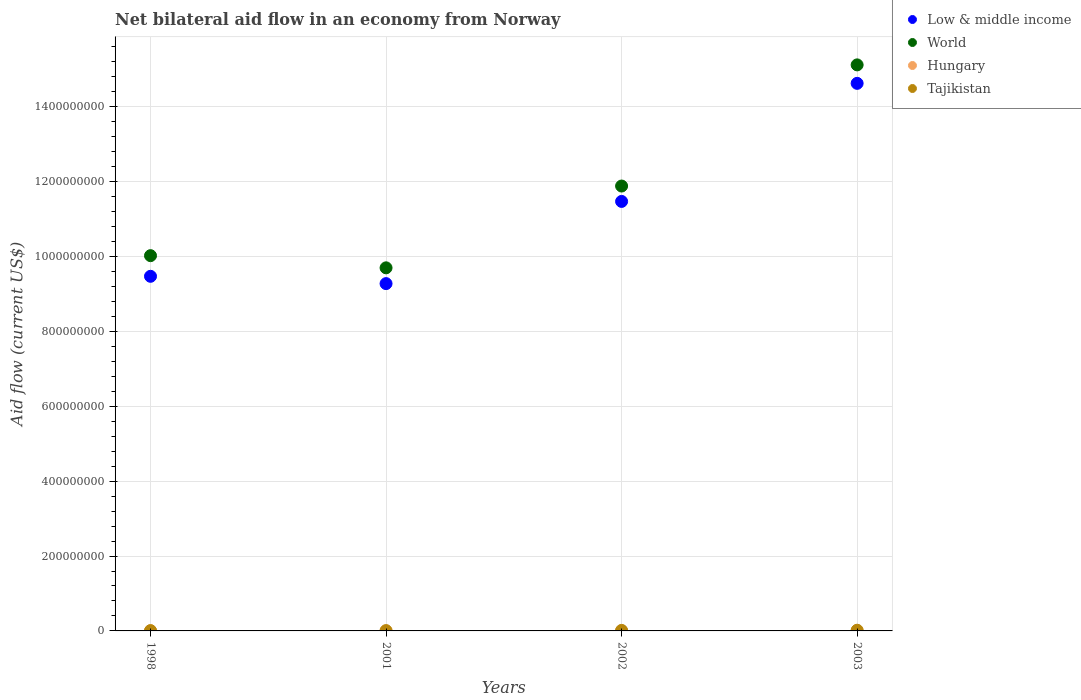
| Years | Low & middle income | World | Hungary | Tajikistan |
 | --- | --- | --- | --- | --- |
 | 1998 | 9.47e+08 | 1e+09 | 1.7e+05 | 8.3e+05 |
 | 2001 | 9.28e+08 | 9.7e+08 | 8e+04 | 8.3e+05 |
 | 2002 | 1.15e+09 | 1.19e+09 | 2.8e+05 | 1.36e+06 |
 | 2003 | 1.46e+09 | 1.51e+09 | 3.5e+05 | 1.85e+06 |